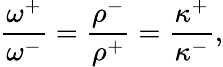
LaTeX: \frac{\omega^{+}}{\omega^{-}}=\frac{\rho^{-}}{\rho^{+}}=\frac{\kappa^{+}}{\kappa^{-}},